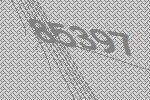
85397